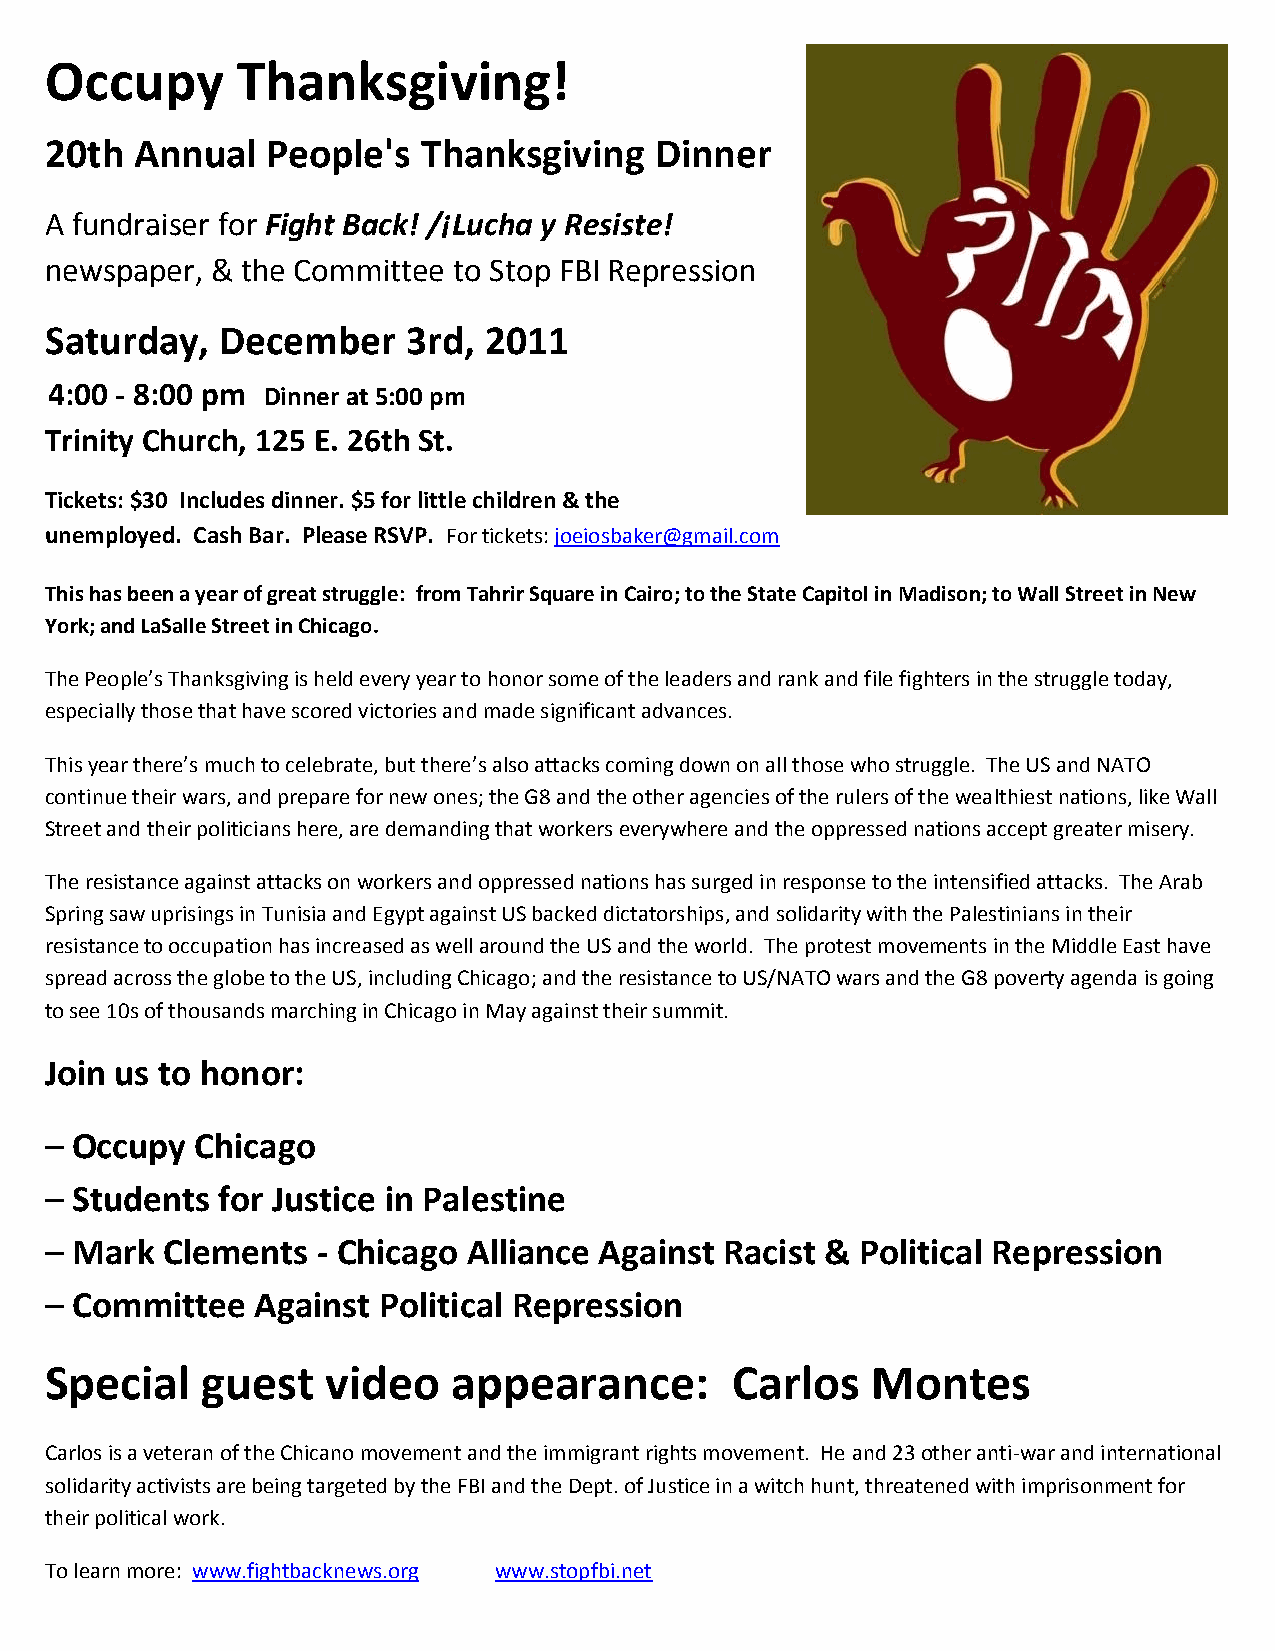
Occupy       Thanksgiving!
 20th  Annual   People's  Thanksgiving   Dinner
 A fundraiser for Fight Back! /¡Lucha y Resiste!
 newspaper, & the Committee to Stop FBI Repression
 Saturday,   December    3rd, 2011
 4:00 - 8:00 pm Dinner at 5:00 pm
 Trinity Church, 125 E. 26th St.
 Tickets: $30 Includes dinner. $5 for little children & the
 unemployed. Cash Bar. Please RSVP. For tickets: joeiosbaker@gmail.com
 This has been a year of great struggle: from Tahrir Square in Cairo; to the State Capitol in Madison; to Wall Street in New
 York; and LaSalle Street in Chicago.
 The People’s Thanksgiving is held every year to honor some of the leaders and rank and file fighters in the struggle today,
 especially those that have scored victories and made significant advances.
 This year there’s much to celebrate, but there’s also attacks coming down on all those who struggle. The US and NATO
 continue their wars, and prepare for new ones; the G8 and the other agencies of the rulers of the wealthiest nations, like Wall
 Street and their politicians here, are demanding that workers everywhere and the oppressed nations accept greater misery.
 The resistance against attacks on workers and oppressed nations has surged in response to the intensified attacks. The Arab
 Spring saw uprisings in Tunisia and Egypt against US backed dictatorships, and solidarity with the Palestinians in their
 resistance to occupation has increased as well around the US and the world. The protest movements in the Middle East have
 spread across the globe to the US, including Chicago; and the resistance to US/NATO wars and the G8 poverty agenda is going
 to see 10s of thousands marching in Chicago in May against their summit.
 Join us to honor:
 – Occupy  Chicago
 – Students for Justice in Palestine
 – Mark  Clements  - Chicago Alliance Against Racist & Political Repression
 – Committee   Against Political Repression
 Special   guest    video   appearance:       Carlos    Montes
 Carlos is a veteran of the Chicano movement and the immigrant rights movement. He and 23 other anti-war and international
 solidarity activists are being targeted by the FBI and the Dept. of Justice in a witch hunt, threatened with imprisonment for
 their political work.
 To learn more: www.fightbacknews.org www.stopfbi.net